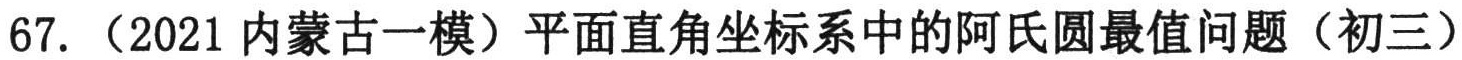
67.（2021 内蒙古一模）平面直角坐标系中的阿氏圆最值问题（初三）